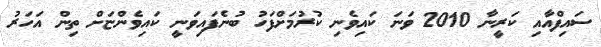
ސައިފްއާއި ކަރީނާ 2010 ވަނަ ކައިވެނި ކުރުމަށްފަހު ބުނެފައިވަނީ ކައިވެންޏަށް ތިން އަހަރު